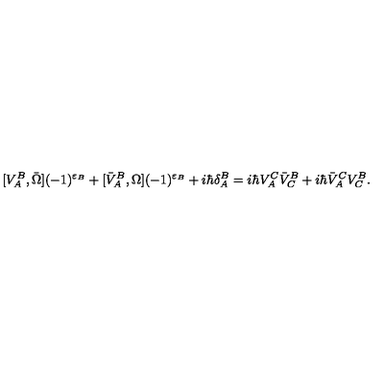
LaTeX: [ V _ { A } ^ { B } , \bar { \Omega } ] ( - 1 ) ^ { \varepsilon _ { B } } + [ \bar { V } _ { A } ^ { B } , \Omega ] ( - 1 ) ^ { \varepsilon _ { B } } + i \hbar \delta _ { A } ^ { B } = i \hbar V _ { A } ^ { C } \bar { V } _ { C } ^ { B } + i \hbar \bar { V } _ { A } ^ { C } V _ { C } ^ { B } .